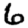
Digit: 6